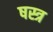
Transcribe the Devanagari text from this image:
षस्त्र